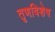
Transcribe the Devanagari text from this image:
तृणविशेष